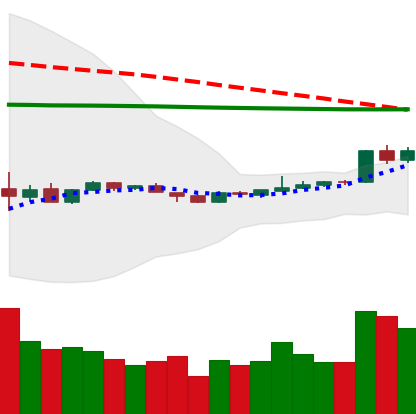
Ticker: EOS-USD
Chart end date: 2020-04-08
Forward return: -10.592%
Label: down_7plus